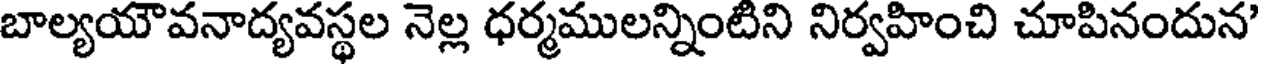
బాల్యయౌవనాద్యవస్థల నెల్ల ధర్మములన్నింటిని నిర్వహించి చూపినందున